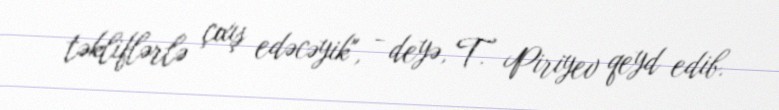
təkliflərlə çıxış edəcəyik", - deyə, T. Piriyev qeyd edib.